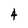
Character: 4